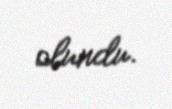
olundu.